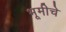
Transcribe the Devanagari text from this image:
भूमीचे